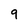
Character: 9